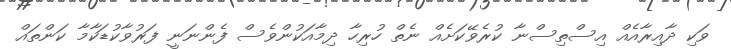
ވަކި ދާއިރާއެއް އިސްތިސްނާ ކުރެވޭކަށެއް ނެތް ހުރިހާ ދިމާއަކުންވެސް ފެންނަނީ ފަރުވާކުޑަކާމާ ކަންތައް